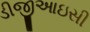
ડીજીઆઇસી